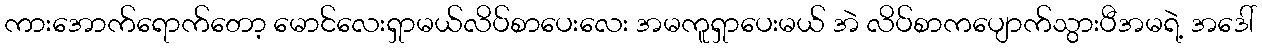
ကားအောက်ရောက်တော့ မောင်လေးရှာမယ်လိပ်စာပေးလေး အမကူရှာပေးမယ် အဲ လိပ်စာကပျောက်သွားပီအမရဲ့ အဒေါ်